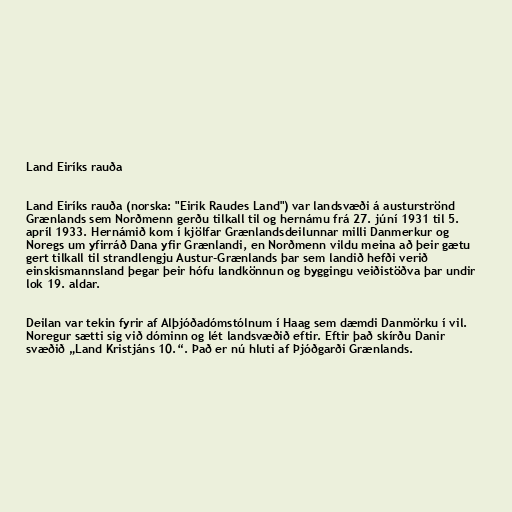
Land Eiríks rauða

Land Eiríks rauða (norska: "Eirik Raudes Land") var landsvæði á austurströnd
Grænlands sem Norðmenn gerðu tilkall til og hernámu frá 27. júní 1931 til 5.
apríl 1933. Hernámið kom í kjölfar Grænlandsdeilunnar milli Danmerkur og
Noregs um yfirráð Dana yfir Grænlandi, en Norðmenn vildu meina að þeir gætu
gert tilkall til strandlengju Austur-Grænlands þar sem landið hefði verið
einskismannsland þegar þeir hófu landkönnun og byggingu veiðistöðva þar undir
lok 19. aldar.

Deilan var tekin fyrir af Alþjóðadómstólnum í Haag sem dæmdi Danmörku í vil.
Noregur sætti sig við dóminn og lét landsvæðið eftir. Eftir það skírðu Danir
svæðið „Land Kristjáns 10.“. Það er nú hluti af Þjóðgarði Grænlands.